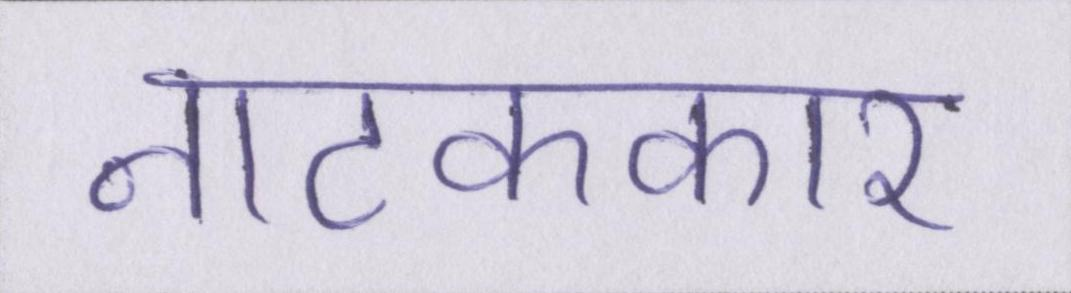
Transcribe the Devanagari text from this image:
नाटककार